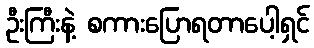
ဦးကြီးနဲ့ စကားပြောရတာပေါ့ရှင်